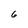
Character: 6